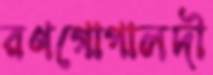
রণগোপালদী